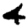
Digit: 4